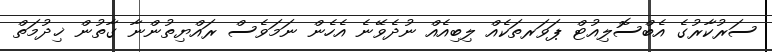
ސަރުކާރުގެ އެބްސޮލިއުޓް ޕަވަރތަކެއް ލިބިއެއް ނުދެވޭނެ އެހެން ނަމަވެސް ރައްޔިތުންނާ ގާތުން ޚިދުމަތް